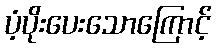
ပံ့ပိုးပေးသောကြောင့်